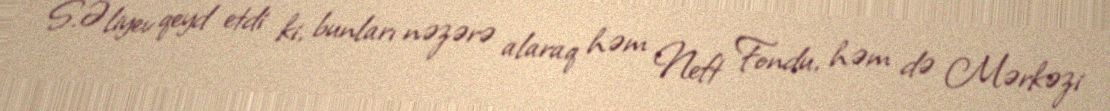
S.Əliyev qeyd etdi ki, bunları nəzərə alaraq həm Neft Fondu, həm də Mərkəzi